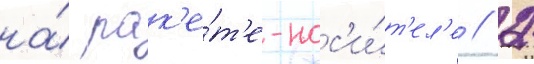
на́ рак'е́т'е-нос'и́т'ел'е // 2